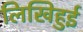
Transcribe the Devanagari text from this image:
लिखिहुई